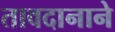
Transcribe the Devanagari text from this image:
तावदानाने